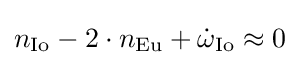
n_{\rm {Io}}-2\cdot n_{\rm {Eu}}+{\dot {\omega }}_{\rm {Io}}\approx 0